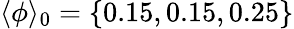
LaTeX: \langle\phi\rangle_{0}=\{ 0.15,0.15,0.25\}